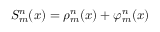
S _ { m } ^ { n } ( x ) = \rho _ { m } ^ { n } ( x ) + \varphi _ { m } ^ { n } ( x )